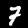
Label: 7